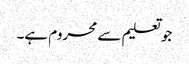
جو تعلیم سے محروم ہے۔